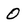
Character: 0